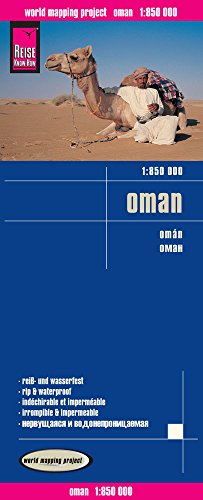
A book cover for Oman; Reise Know-How Verlag; Travel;